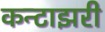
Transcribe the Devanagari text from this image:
कन्टाझरी